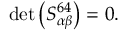
\operatorname * { d e t } \left( S _ { \alpha \beta } ^ { 6 4 } \right) = 0 .